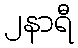
၂နာရီ